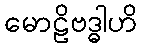
မောဠိဗဒ္ဓါဟိ